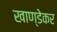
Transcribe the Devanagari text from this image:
खाण्डेकर